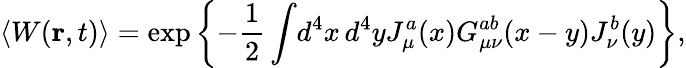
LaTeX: \langle W({\mathbf r},t)\rangle=\exp\left\{ -\frac{1}{2}\int\! d^{4}x\, d^{4}yJ_{\mu}^{a}(x)G_{\mu\nu}^{ab}(x-y)J_{\nu}^{b}(y)\right\} ,